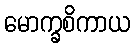
မောက္ခစိကာယ